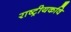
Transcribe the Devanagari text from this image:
राष्ट्रीयकवि